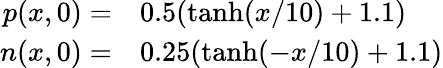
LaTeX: \begin{array}{rl}{p(x,0)=}&{{}0.5(\operatorname{tanh}(x/10)+1.1)}\\ {n(x,0)=}&{{}0.25(\operatorname{tanh}(-x/10)+1.1)}\end{array}